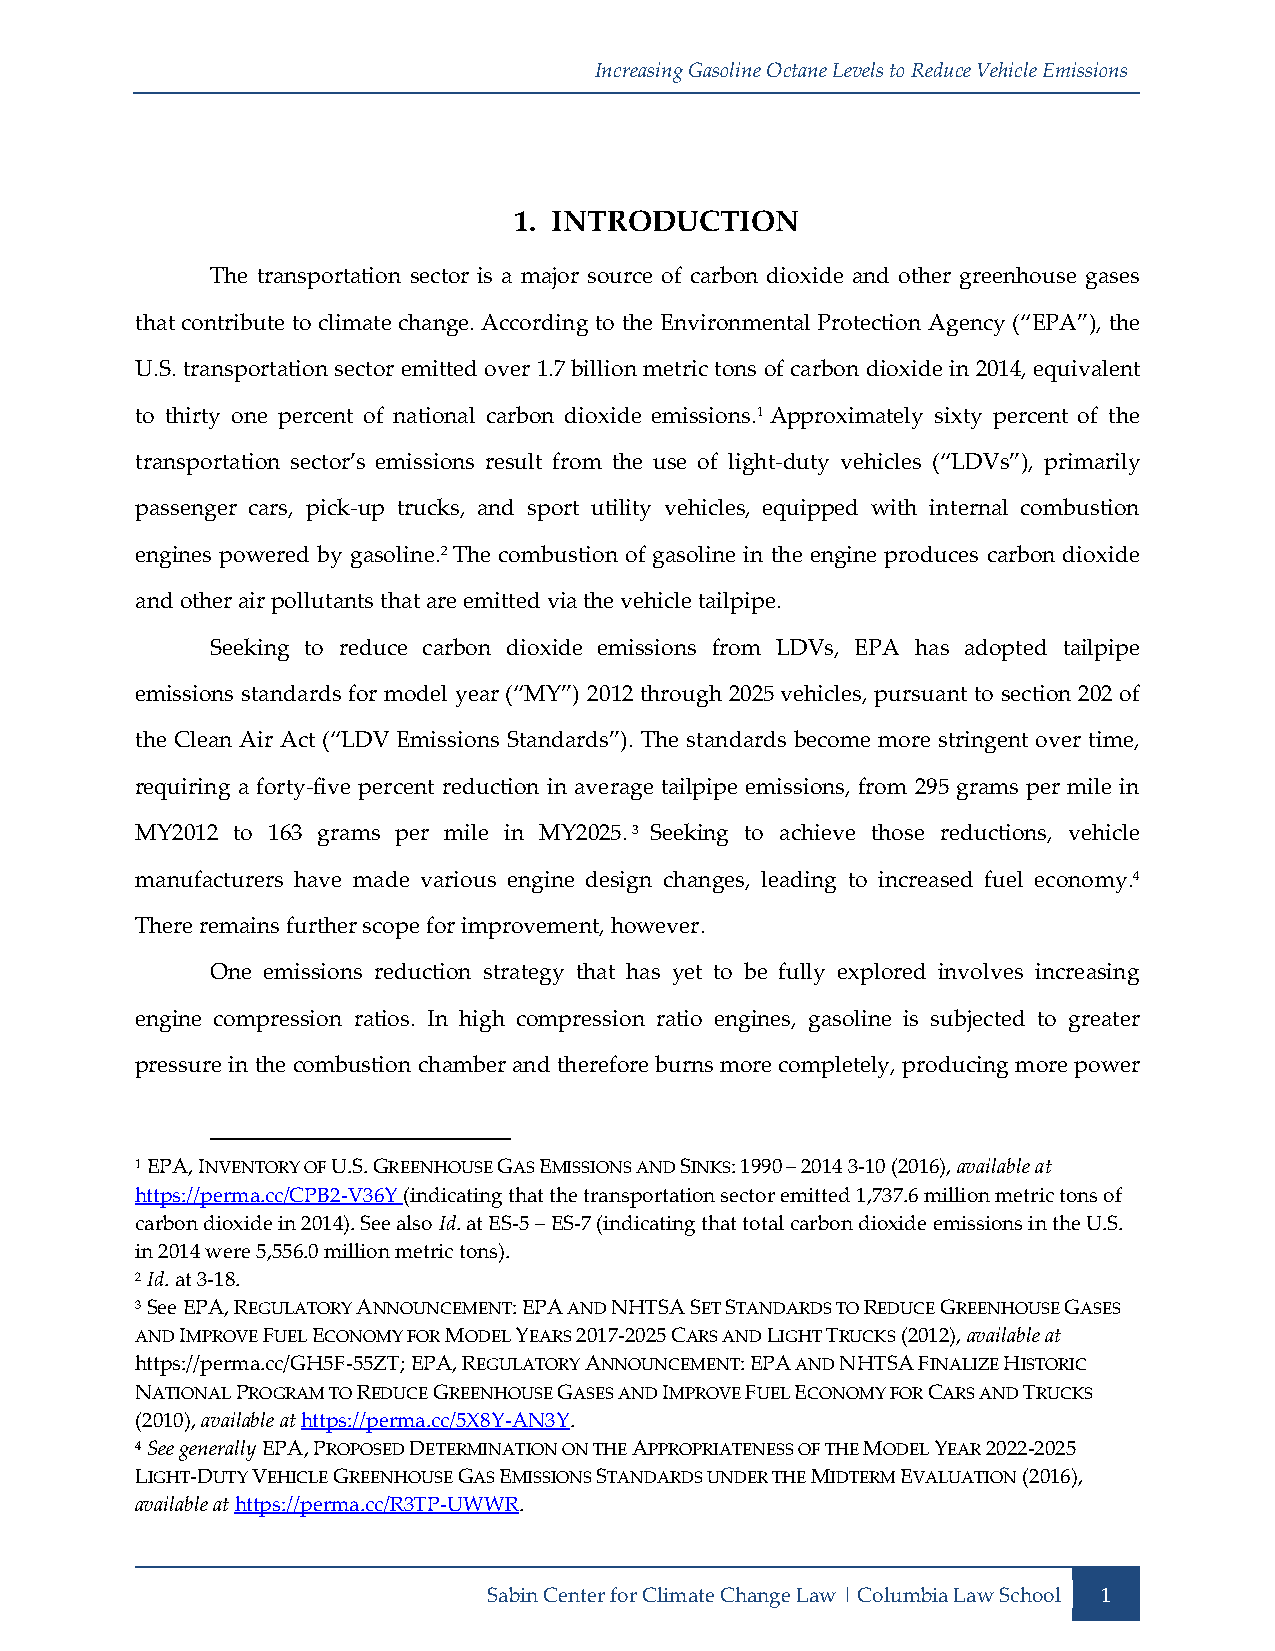
Increasing Gasoline Octane Levels to Reduce Vehicle Emissions
 1. INTRODUCTION
 The transportation sector is a major source of carbon dioxide and other greenhouse gases
 that contribute to climate change. According to the Environmental Protection Agency (“EPA”), the
 U.S. transportation sector emitted over 1.7 billion metric tons of carbon dioxide in 2014, equivalent
 to thirty one percent of national carbon dioxide emissions.1 Approximately sixty percent of the
 transportation sector’s emissions result from the use of light-duty vehicles (“LDVs”), primarily
 passenger cars, pick-up trucks, and sport utility vehicles, equipped with internal combustion
 engines powered by gasoline.2 The combustion of gasoline in the engine produces carbon dioxide
 and other air pollutants that are emitted via the vehicle tailpipe.
 Seeking to reduce carbon dioxide emissions from LDVs, EPA has adopted tailpipe
 emissions standards for model year (“MY”) 2012 through 2025 vehicles, pursuant to section 202 of
 the Clean Air Act (“LDV Emissions Standards”). The standards become more stringent over time,
 requiring a forty-five percent reduction in average tailpipe emissions, from 295 grams per mile in
 MY2012 to 163 grams per mile in MY2025.3 Seeking to achieve those reductions, vehicle
 manufacturers have made various engine design changes, leading to increased fuel economy.4
 There remains further scope for improvement, however.
 One emissions reduction strategy that has yet to be fully explored involves increasing
 engine compression ratios. In high compression ratio engines, gasoline is subjected to greater
 pressure in the combustion chamber and therefore burns more completely, producing more power
 1 EPA, INVENTORY OF U.S. GREENHOUSE GAS EMISSIONS AND SINKS: 1990 – 2014 3-10 (2016), available at
 https://perma.cc/CPB2-V36Y (indicating that the transportation sector emitted 1,737.6 million metric tons of
 carbon dioxide in 2014). See also Id. at ES-5 – ES-7 (indicating that total carbon dioxide emissions in the U.S.
 in 2014 were 5,556.0 million metric tons).
 2 Id. at 3-18.
 3 See EPA, REGULATORY ANNOUNCEMENT: EPA AND NHTSA SET STANDARDS TO REDUCE GREENHOUSE GASES
 AND IMPROVE FUEL ECONOMY FOR MODEL YEARS 2017-2025 CARS AND LIGHT TRUCKS (2012), available at
 https://perma.cc/GH5F-55ZT; EPA, REGULATORY ANNOUNCEMENT: EPA AND NHTSA FINALIZE HISTORIC
 NATIONAL PROGRAM TO REDUCE GREENHOUSE GASES AND IMPROVE FUEL ECONOMY FOR CARS AND TRUCKS
 (2010), available at https://perma.cc/5X8Y-AN3Y.
 4 See generally EPA, PROPOSED DETERMINATION ON THE APPROPRIATENESS OF THE MODEL YEAR 2022-2025
 LIGHT-DUTY VEHICLE GREENHOUSE GAS EMISSIONS STANDARDS UNDER THE MIDTERM EVALUATION (2016),
 available at https://perma.cc/R3TP-UWWR.
 Sabin Center for Climate Change Law | Columbia Law School 1